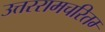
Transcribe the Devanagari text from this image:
उत्तररामचरितम्‍